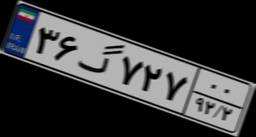
۳۶گ۷۲۷۰۰